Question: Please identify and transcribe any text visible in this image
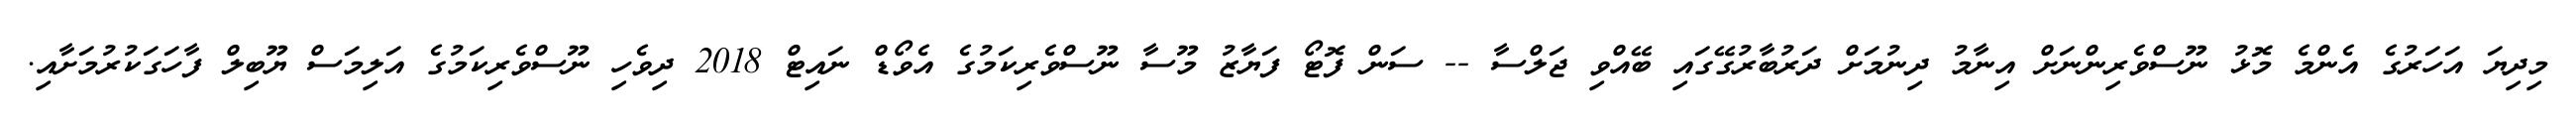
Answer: މިދިޔަ އަހަރުގެ އެންމެ މޮޅު ނޫސްވެރިންނަށް އިނާމު ދިނުމަށް ދަރުބާރުގޭގައި ބޭއްވި ޖަލްސާ -- ސަން ފޮޓޯ ފަޔާޒު މޫސާ ނޫސްވެރިކަމުގެ އެވޯޑް ނައިޓް 2018 ދިވެހި ނޫސްވެރިކަމުގެ އަލިމަސް ޔޫބިލް ފާހަގަކުރުމަށާއި.